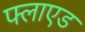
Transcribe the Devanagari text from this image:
फ्लाएड